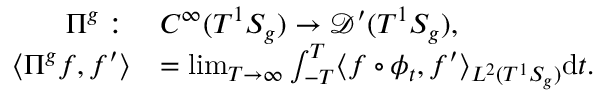
\begin{array} { r l } { \Pi ^ { g } : \; } & { C ^ { \infty } ( T ^ { 1 } S _ { g } ) \to \mathcal { D } ^ { \prime } ( T ^ { 1 } S _ { g } ) , } \\ { \langle \Pi ^ { g } f , f ^ { \prime } \rangle } & { = \operatorname* { l i m } _ { T \to \infty } \int _ { - T } ^ { T } \langle f \circ \phi _ { t } , f ^ { \prime } \rangle _ { L ^ { 2 } ( T ^ { 1 } S _ { g } ) } \mathrm { d } t . } \end{array}